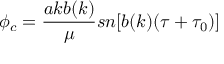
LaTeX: \phi _ { c } = \frac { a k b ( k ) } { \mu } s n [ b ( k ) ( \tau + \tau _ { 0 } ) ]